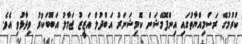
ކުރުމުގެ ރަސްމިއްޔާތުގައި އިންފޮމޭޝަން ކޮމިޝަނަރު އަބްދުލް އަޒީޒު ޖަމާލު އަބޫބަކުރު ވިދާޅުވި އެވެ.